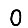
Digit: 0